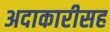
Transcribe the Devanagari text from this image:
अदाकारीसह